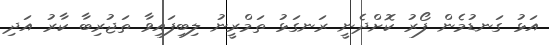
އަޅު ގަނޑުމެން ފޯރު ކޮށްދެނީ ރަނގަޅު ތަމްރީނު ލިބިފައިވާ ތަޖުރިބާ ކާރު އަދި